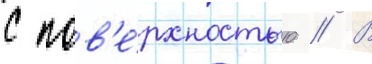
с пов'е́рхностью // В